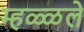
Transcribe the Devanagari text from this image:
म्हळ्ळले